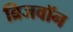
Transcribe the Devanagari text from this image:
ब्रिजवॉन